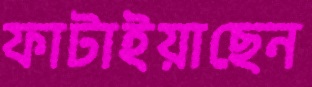
ফাটাইয়াছেন